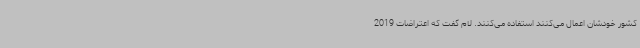
کشور خودشان اعمال می‌کنند استفاده می‌کنند. لام گفت که اعتراضات 2019